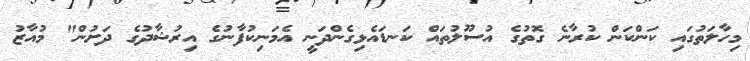
މިހާލަތުގައި ކަންކަން ކުރާނެ ގޮތުގެ އުސޫލުތައް ކަނޑައެޅިގެންދަނީ އެމަނިކުފާނުގެ އިރުޝާދުގެ ދަށުން" މުއާޒު